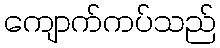
ကျောက်ကပ်သည်